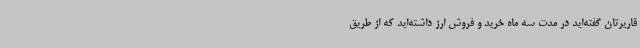
قاریرتان گفته‌اید در مدت سه ماه خرید و فروش ارز داشته‌اید که از طریق